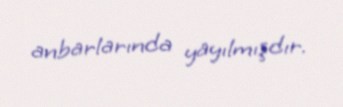
anbarlarında yayılmışdır.